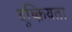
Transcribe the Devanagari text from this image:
दुष्क्रियता